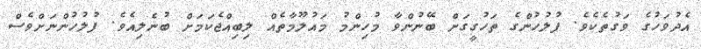
އެދުވަހުގެ ވަގުތެކެވެ. ފުލުހުންގެ ތަހުގީގަށް ބޭނުންވާ މުހިންމު މައުލޫމާތެއް ލިބިއްޖެކަމަށް ބުނެލިއެވެ. ފުލުހުންނަށްވެސް